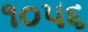
૧૦૫૬